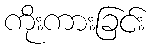
ကိုးကားခြင်း